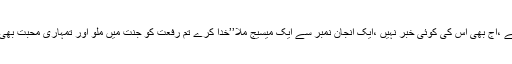
آج تیسرا دن ہے ،آج بھی اس کی کوئی خبر نہیں ،ایک انجان نمبر سے ایک میسیج ملا’’خدا کرے تم رفعت کو جنت میں ملو اور تمہاری محبت بھی پاک رہے ‘‘۔